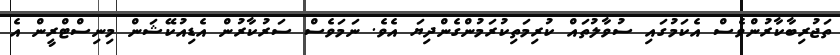
ތަޖުރިބާކާރުންވެސް އެކަމުގައި ސުވާލުތައް ކުރިމަތިކުރަމުންގެންދިޔަ އެވެ. ނަމަވެސް ސަރުކާރުން އެޑިއުކޭޝަން މިނިސްޓްރީން އެ